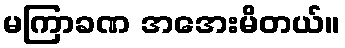
မကြာခဏ အအေးမိတယ်။